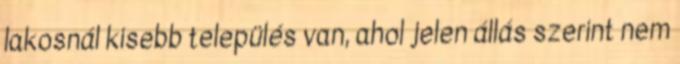
lakosnál kisebb település van, ahol jelen állás szerint nem